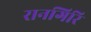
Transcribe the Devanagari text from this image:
रानगिरि